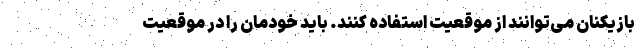
بازیکنان می‌توانند از موقعیت استفاده کنند. باید خودمان را در موقعیت